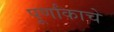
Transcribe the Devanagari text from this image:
पूर्णांकाचे